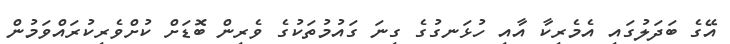
އޭގެ ބަދަލުގައި އެމެރިކާ އާއި ހުޅަނގުގެ ގިނަ ގައުމުތަކުގެ ވެރިން ބޮޑަށް ކުށްވެރިކުރައްވަމުން